Lunatic asylums Punjab 1881-1894 - 1881-1894
Year: 1881
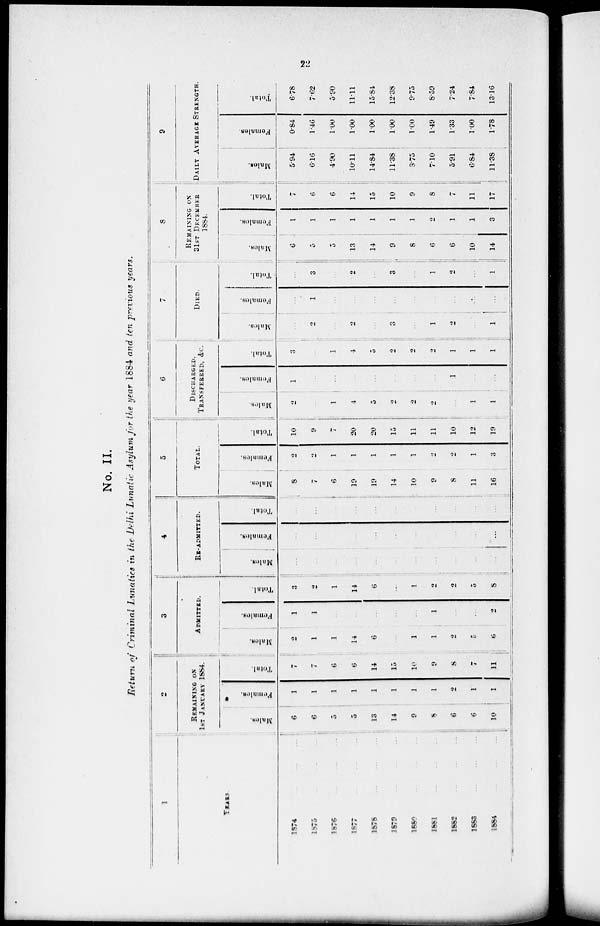
22
No. II.
Return of Criminal Lunatics in the Delhi Lunatic Asylum for the year 1884 and ten previous years.
1
YEARS.
1874
1875
1876
1877
1878
1879
1880
1881
1882
1883
1884
2
REMAINING ON
1ST JANUARY 1884.
Males.
6
6
5
9
13
14
9
8
6
6
10
Females.
1
1
1
1
1
1
1
1
2
1
1
Total.
7
7
6
6
14
15
10
9
8
7
11
3
ADIMITTED.
Males.
1
1
1
14
6
...
1
1
2
5
6
Females.
1
1
...
...
..
...
..
1
...
..
2
Total.
3
2
1
14
6
...
1
2
2
5
8
4
RE-ADMITTED.
Males.
...
...
...
...
...
...
...
...
...
...
...
Females.
...
...
...
...
...
...
...
...
...
...
...
Total.
...
...
...
...
...
...
...
...
5
TOTAL.
Males.
8
7
6
19
19
14
10
9
8
11
16
Females.
1
2
1
1
1
1
1
2
2
1
3
Total.
10
9
...
20
20
15
11
11
10
12
19
6
DISCHARGED,
TRANSFERRED, &C.
Males.
2
...
1
4
5
2
2
2
...
1
1
Females.
1
...
...
...
...
...
...
1
1
...
...
Total.
3
...
1
4
5
2
2
2
1
1
1
7
DIED.
Males.
...
2
...
2
...
3
...
1
2
...
1
Females.
...
1
...
...
...
...
...
...
...
...
Total.
...
3
...
2
...
3
...
1
2
...
1
8
REMAINING ON
31ST DECEMBER
1884.
Males.
6
5
5
13
14
9
8
6
6
10
14
Females.
1
1
1
1
1
1
1
2
1
1
3
Total.
7
6
6
14
15
10
9
8
7
11
17
9
DAILY AVERAGE STRENGTH.
Males.
5.94
6.16
4.90
10.11
14.84
11.38
3.75
710
5.91
6.84
11.38
Females.
0.84
1.46
1.00
1.00
1.00
1.00
1.00
1.49
1.33
1.00
1.78
Total.
6.78
7.62
5.90
11.11
15.84
12.38
9.75
8.59
7.24
7.84
13.16